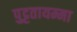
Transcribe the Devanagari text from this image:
पुट्टतायम्मा